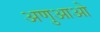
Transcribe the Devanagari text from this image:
अणुआओ